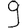
Digit: 9